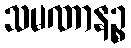
သမဏာနဉ္စ